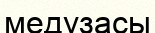
медузасы